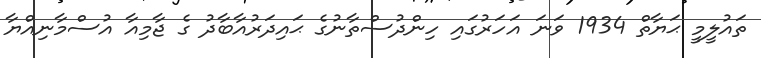
ތައުލީމީ ޙަޔާތް 1934 ވަނަ އަހަރުގައި ހިންދުސްތާނުގެ ޙައިދަރުއާބާދު ގެ ޖާމިއާ އުސްމާނިއްޔާ